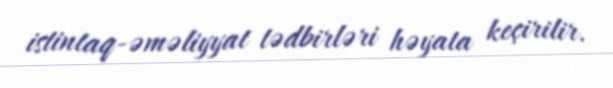
istintaq-əməliyyat tədbirləri həyata keçirilir.